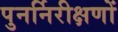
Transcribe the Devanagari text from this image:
पुनर्निरीक्षणों